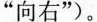
”向右”)。